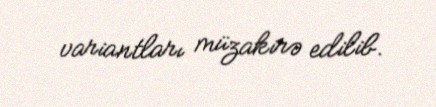
variantları müzakirə edilib.